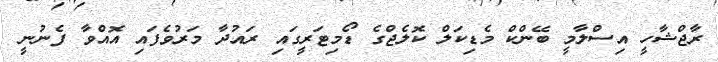
ރާޖްޝާހީ އިސްލާމީ ބޭންކް މެޑިކަލް ކޮލެޖްގެ ޑޯމިޓަރީގައި ރައުދާ މަރުވެފައި އޮއްވާ ފެނުނީ